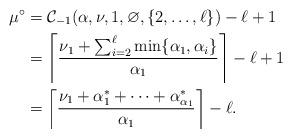
LaTeX: \begin{align*}\mu^{\circ} & = \mathcal{C}_{-1}(\alpha, \nu, 1, \varnothing, \lbrace 2, \ldots, \ell \rbrace) - \ell + 1 \\ & = \left \lceil \frac{\nu_1 + \sum_{i = 2}^{\ell} \min \lbrace \alpha_1, \alpha_i \rbrace}{\alpha_1} \right \rceil - \ell + 1 \\ & = \left \lceil \frac{\nu_1 + \alpha^*_1 + \cdots + \alpha^*_{\alpha_1}}{\alpha_1} \right \rceil - \ell.\end{align*}